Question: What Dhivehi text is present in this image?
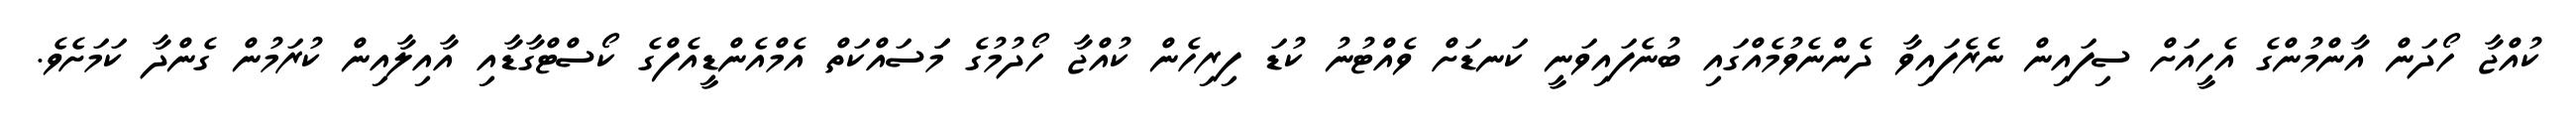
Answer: ކުއްޖާ ހޯދަން އާންމުންގެ އެހީއަށް ސިފައިން ނެރެފައިވާ ދެންނެވުމެއްގައި ބުނެފައިވަނީ ކަނޑަށް ވެއްޓުނު ކުޑަ ފިރިހެން ކުއްޖާ ހޯދުމުގެ މަަސައްކަތް އެމްއެންޑީއެފްގެ ކޯސްޓްގާޑާއި އާއިލާއިން ކުރަމުން ގެންދާ ކަމަށެވެ.